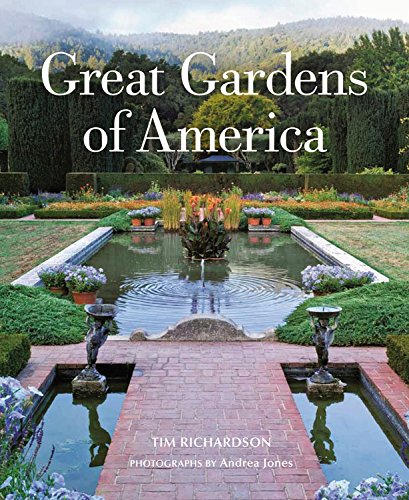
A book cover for Great Gardens of America; Tim Richardson; History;